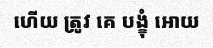
ហើយ ត្រូវ គេ បង្ខុំ អោយ